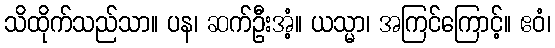
သိထိုက်သည်သာ။ ပန၊ ဆက်ဦးအံ့။ ယသ္မာ၊ အကြင်ကြောင့်။ ဧဝံ၊